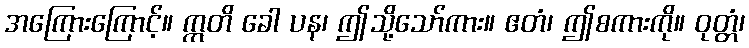
အကြေားကြောင့်။ ဣတိ ခေါ ပန၊ ဤသို့သော်ကား။ ဧတံ၊ ဤစကားကို။ ဝုတ္တံ၊